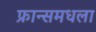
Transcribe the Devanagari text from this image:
फ्रान्समधला